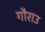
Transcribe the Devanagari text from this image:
गौराउ